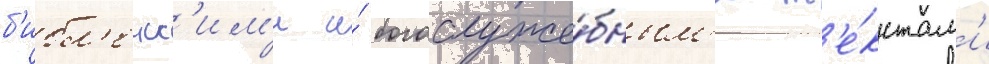
б'ибл'еиск'им'и и́ богослуже́бным'и т'е́кстам'и